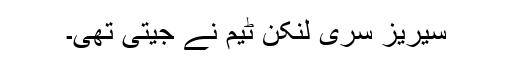
سیریز سری لنکن ٹیم نے جیتی تھی۔